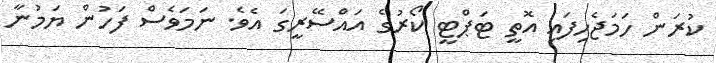
ކުރަން ހަމަޖެހިފައި އޮތީ ޓަޕްޓީ ކޯރުގެ އައްސޭރީގަ އެވެ. ނަމަވެސް ފަހުން ޔަމުނާ